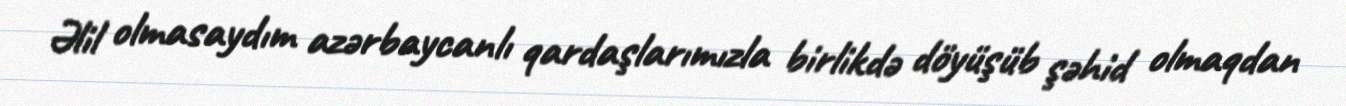
Əlil olmasaydım azərbaycanlı qardaşlarımızla birlikdə döyüşüb şəhid olmaqdan